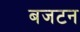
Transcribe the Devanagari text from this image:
बजटन